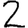
Digit: 2